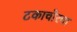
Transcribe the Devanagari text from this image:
टकाचोरचा